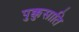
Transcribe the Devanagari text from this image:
पुक्कुसाति